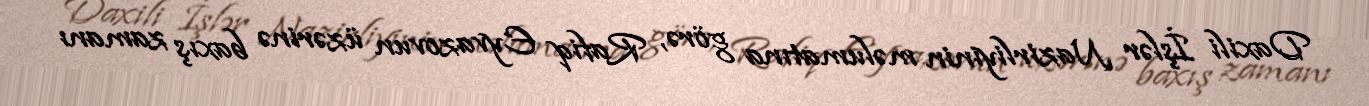
Daxili İşlər Nazirliyinin məlumatına görə, Rafiq Eyvazovun üzərinə baxış zamanı